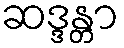
ဆဒ္ဒန္တာ